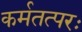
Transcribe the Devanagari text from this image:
कर्मतत्परः